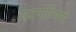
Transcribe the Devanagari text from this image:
घटनांविषयी